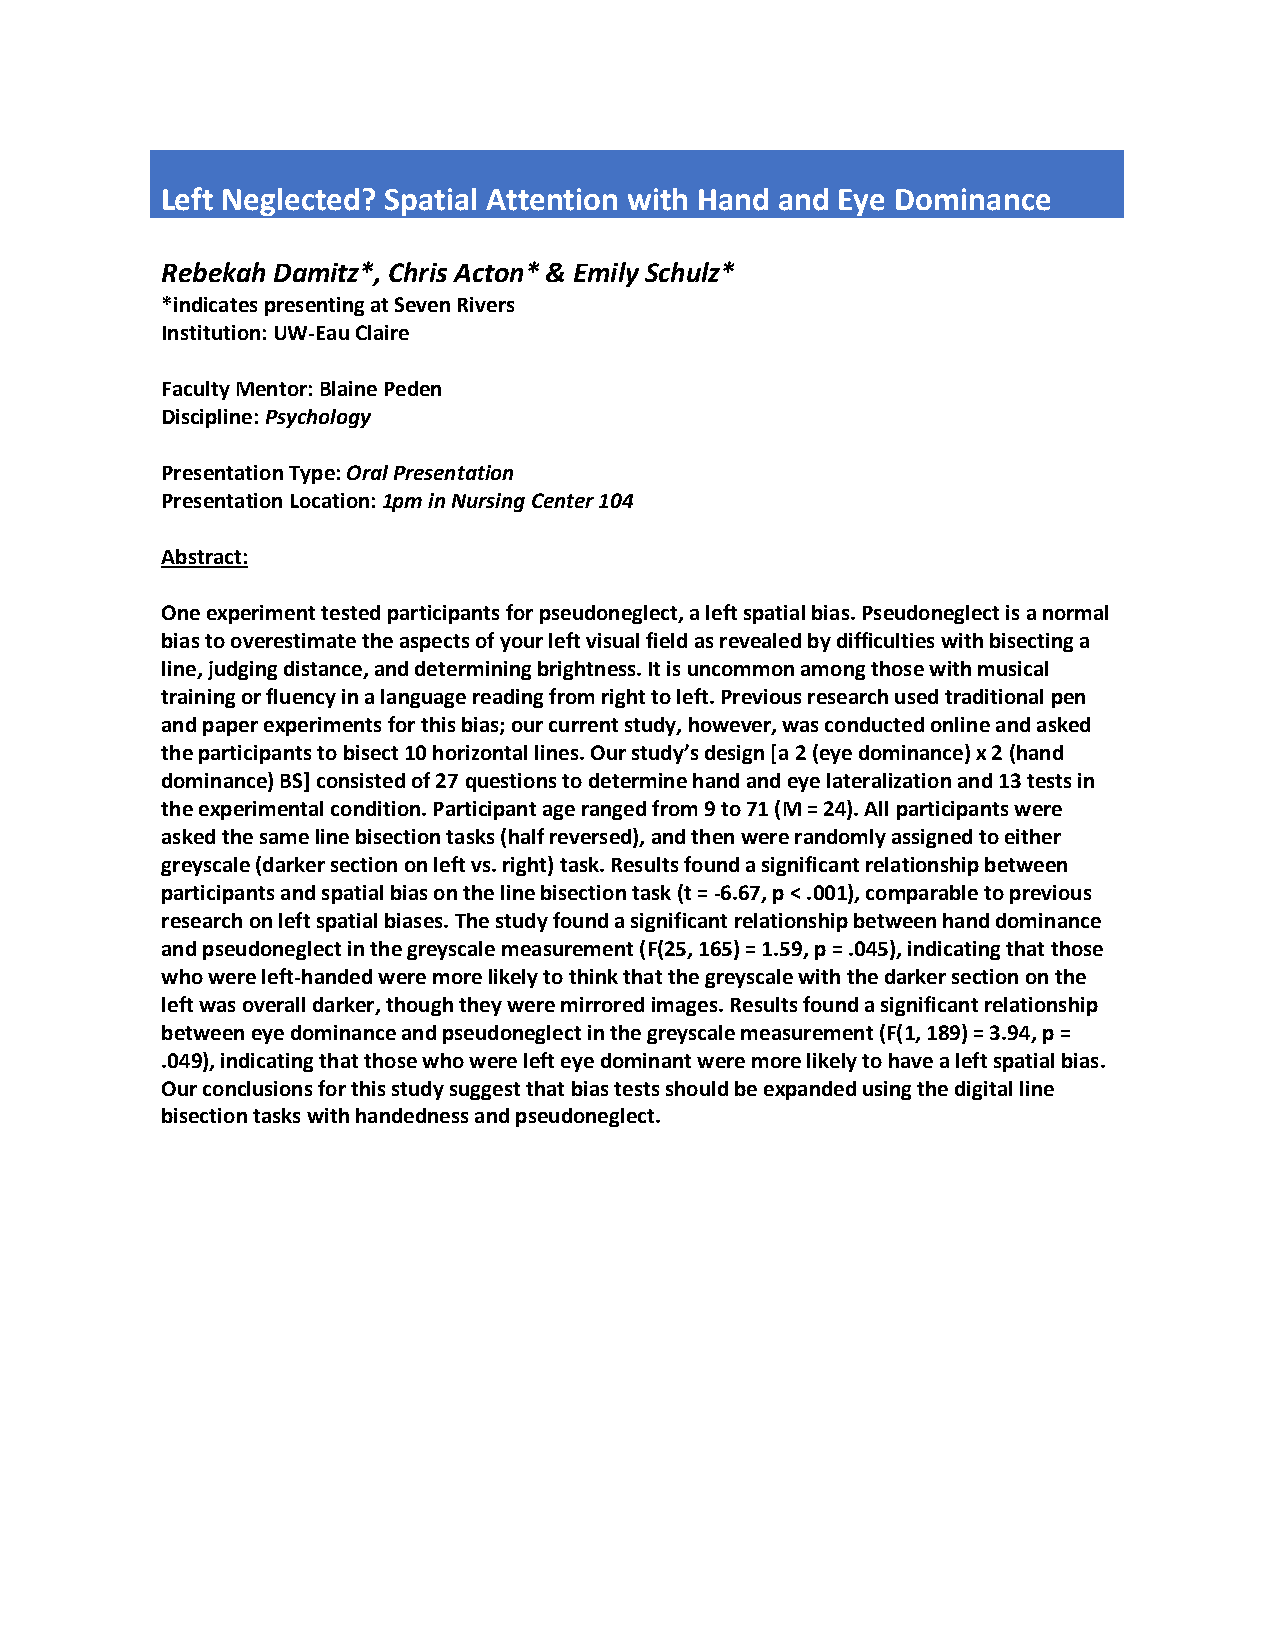
Left Neglected? Spatial Attention with Hand and Eye Dominance
 Rebekah Damitz*, Chris Acton* & Emily Schulz*
 *indicates presenting at Seven Rivers
 Institution: UW-Eau Claire
 Faculty Mentor: Blaine Peden
 Discipline: Psychology
 Presentation Type: Oral Presentation
 Presentation Location: 1pm in Nursing Center 104
 Abstract:
 One experiment tested participants for pseudoneglect, a left spatial bias. Pseudoneglect is a normal
 bias to overestimate the aspects of your left visual field as revealed by difficulties with bisecting a
 line, judging distance, and determining brightness. It is uncommon among those with musical
 training or fluency in a language reading from right to left. Previous research used traditional pen
 and paper experiments for this bias; our current study, however, was conducted online and asked
 the participants to bisect 10 horizontal lines. Our study’s design [a 2 (eye dominance) x 2 (hand
 dominance) BS] consisted of 27 questions to determine hand and eye lateralization and 13 tests in
 the experimental condition. Participant age ranged from 9 to 71 (M = 24). All participants were
 asked the same line bisection tasks (half reversed), and then were randomly assigned to either
 greyscale (darker section on left vs. right) task. Results found a significant relationship between
 participants and spatial bias on the line bisection task (t = -6.67, p < .001), comparable to previous
 research on left spatial biases. The study found a significant relationship between hand dominance
 and pseudoneglect in the greyscale measurement (F(25, 165) = 1.59, p = .045), indicating that those
 who were left-handed were more likely to think that the greyscale with the darker section on the
 left was overall darker, though they were mirrored images. Results found a significant relationship
 between eye dominance and pseudoneglect in the greyscale measurement (F(1, 189) = 3.94, p =
 .049), indicating that those who were left eye dominant were more likely to have a left spatial bias.
 Our conclusions for this study suggest that bias tests should be expanded using the digital line
 bisection tasks with handedness and pseudoneglect.